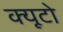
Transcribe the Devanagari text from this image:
क्यूटो